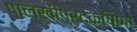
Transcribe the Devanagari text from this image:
पालखीप्रदक्षिणा